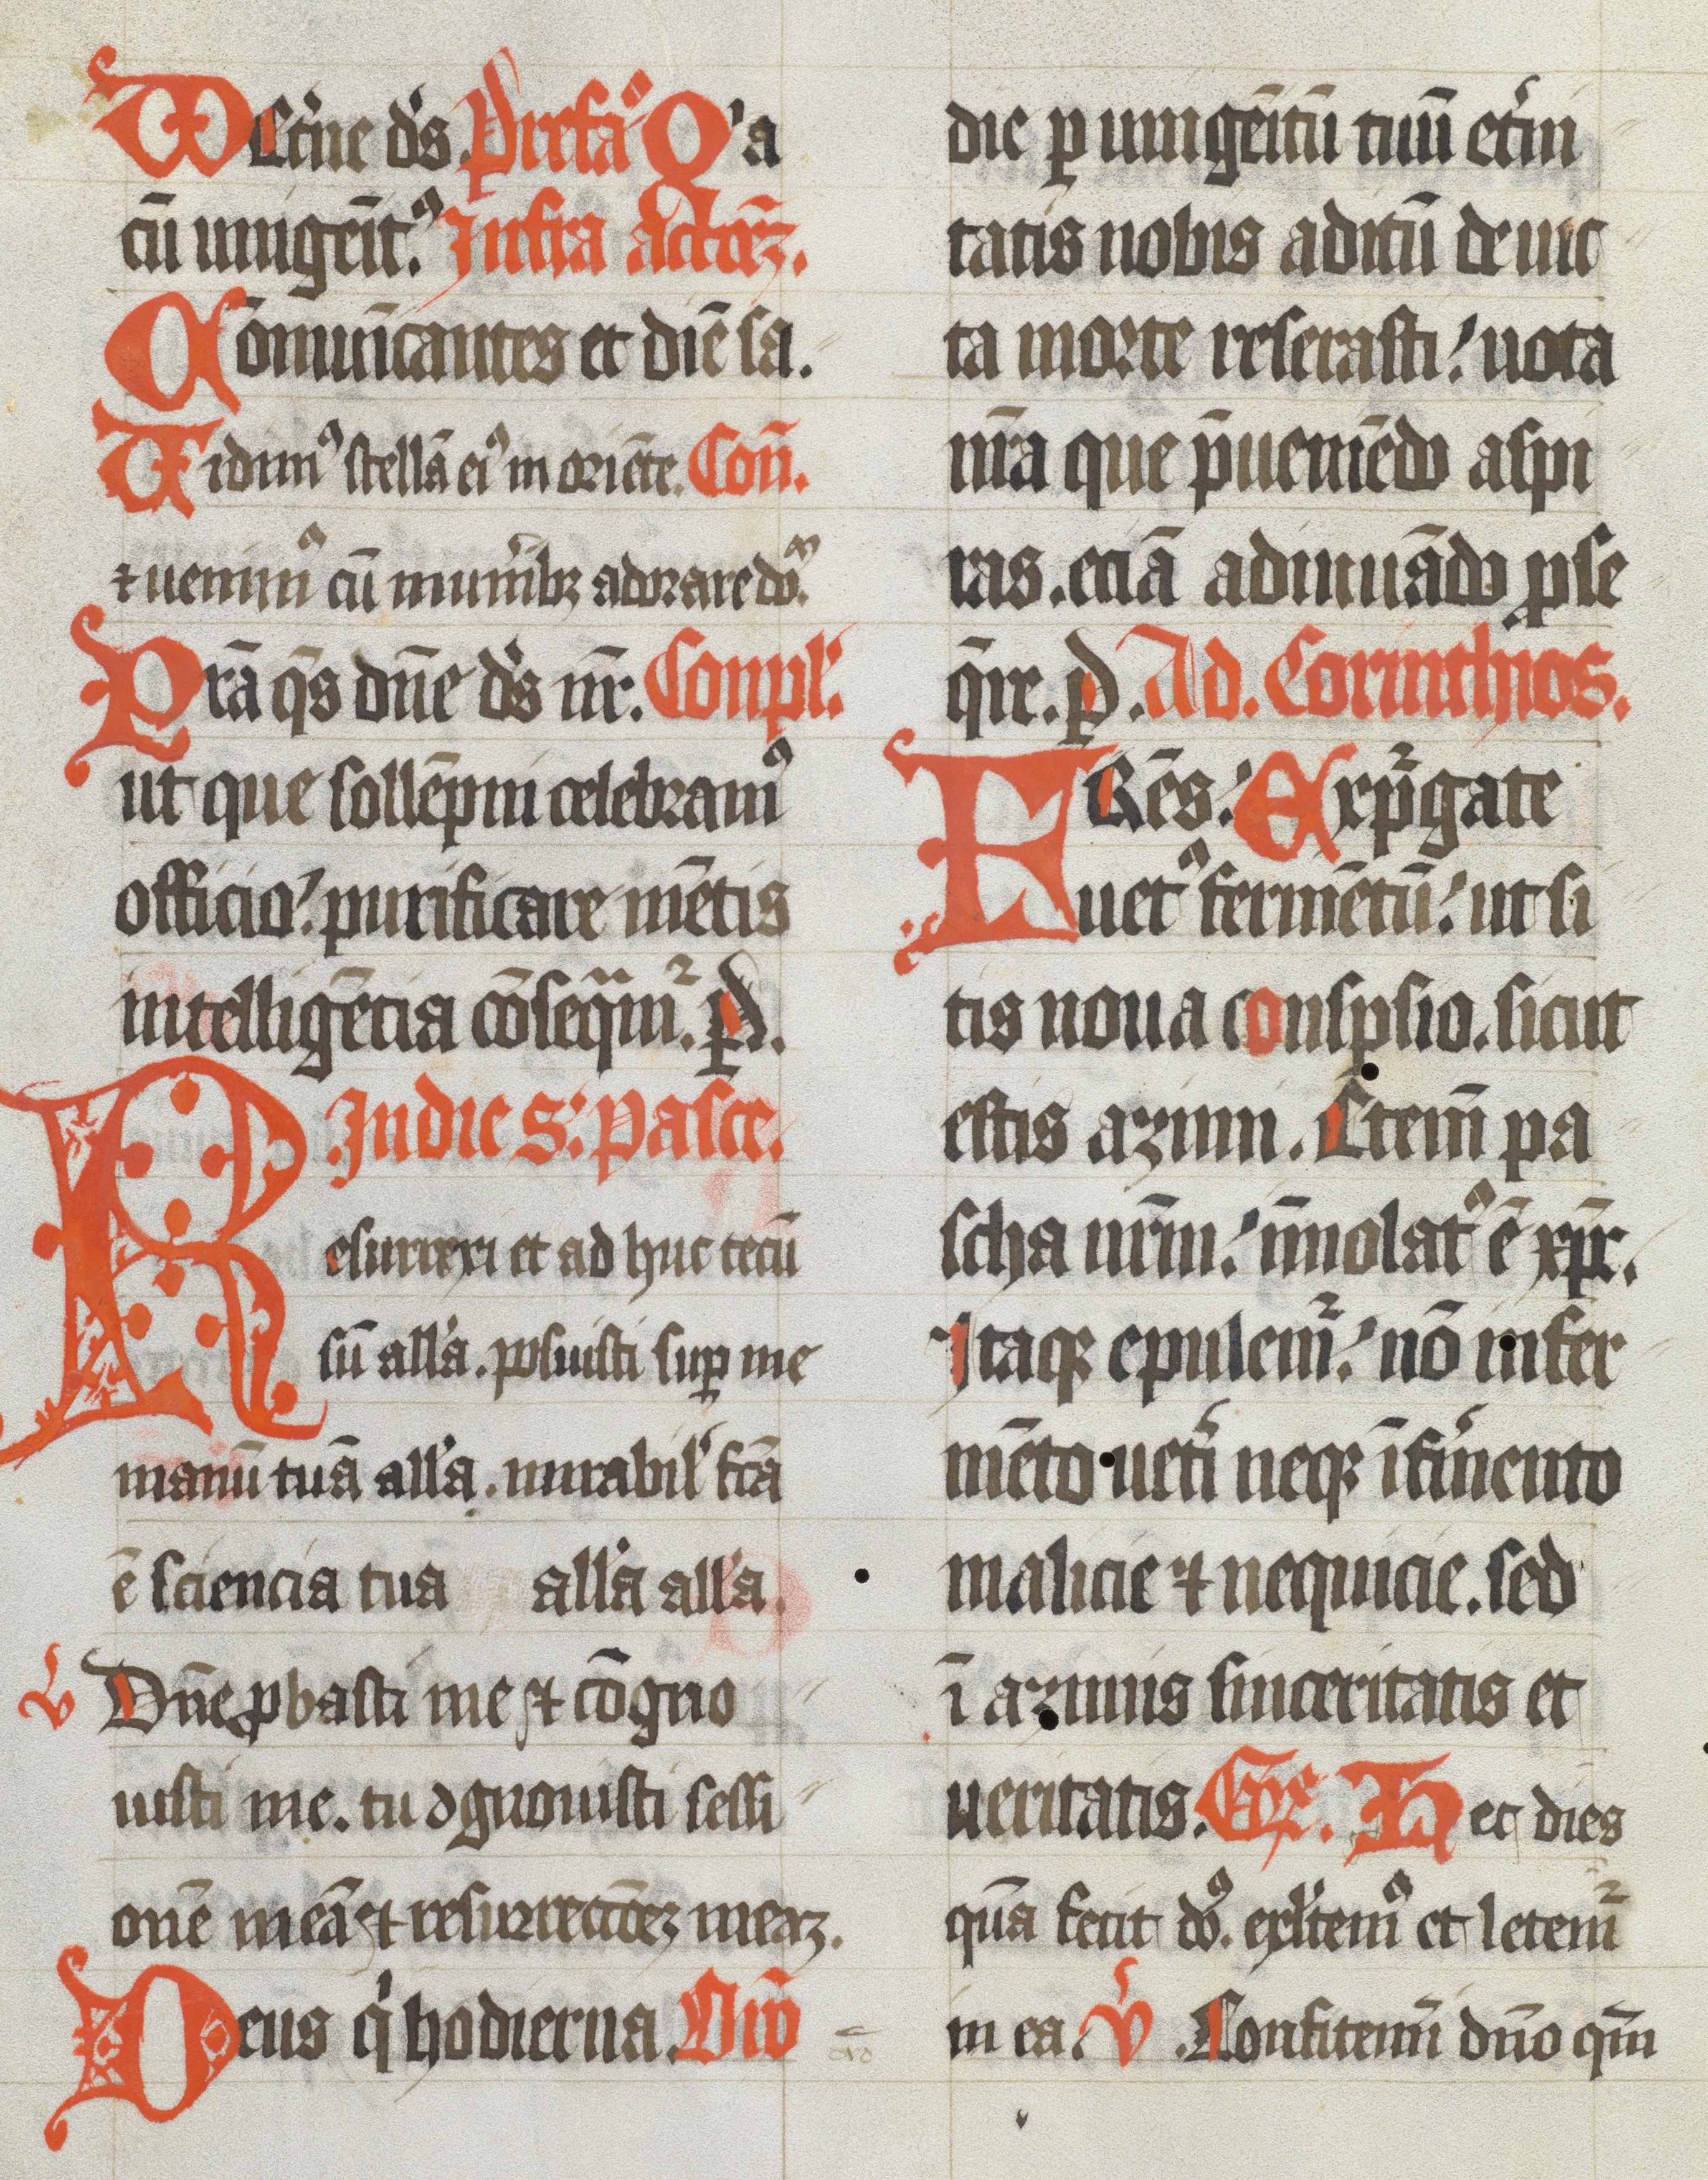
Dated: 1400–1499